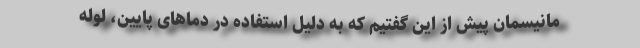
مانیسمان پیش از این گفتیم که به دلیل استفاده در دماهای پایین، لوله